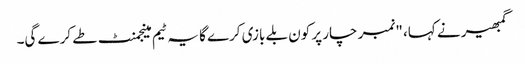
گمبھیر نے کہا، "نمبر چار پر کون بلے بازی کرے گا یہ ٹیم مینجمنٹ طے کرے گی۔